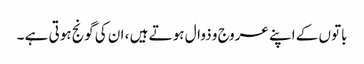
باتوں کے اپنے عروج و ذوال ہوتے ہیں ، ان کی گونج ہوتی ہے ۔